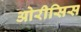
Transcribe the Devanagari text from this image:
ओरीसिस